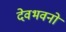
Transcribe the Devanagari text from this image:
देवभवनों